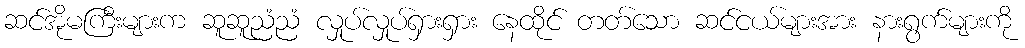
ဆင်အိုမကြီးများက ဆူဆူညံညံ လှုပ်လှုပ်ရှားရှား နေထိုင် တတ်သော ဆင်ငယ်များအား နားရွက်များကို